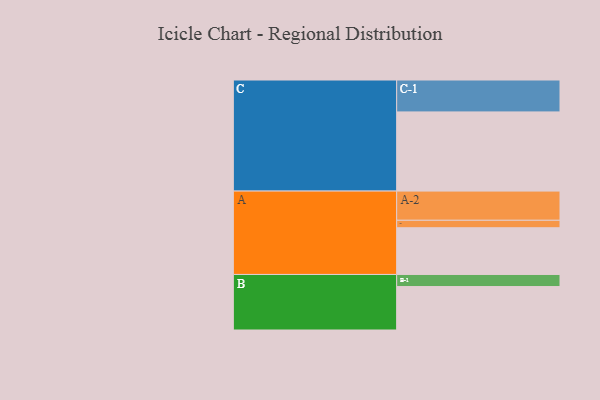
{"axis": {"x": "Segment", "y": "Value"}, "legend": ["", "A", "B", "C"], "data": [{"x": "A", "y": 344, "type": ""}, {"x": "B", "y": 320, "type": ""}, {"x": "C", "y": 583, "type": ""}, {"x": "A-1", "y": 55, "type": "A"}, {"x": "A-2", "y": 215, "type": "A"}, {"x": "B-1", "y": 89, "type": "B"}, {"x": "C-1", "y": 235, "type": "C"}]}